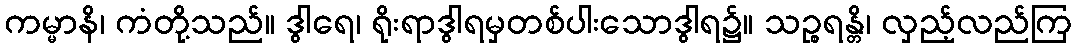
ကမ္မာနိ၊ ကံတို့သည်။ ဒွါရေ၊ ရိုးရာဒွါရမှတစ်ပါးသောဒွါရ၌။ သဉ္စရန္တိ၊ လှည့်လည်ကြ